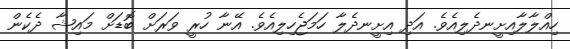
ހިއްލާލާއިށީނދެލިއެވެ. އަދި އިށީނދެލާ ހަމަޖެހިލިއެވެ. އޭނާ ހުރީ ވަރަށް ބޮޑަށް މައިޝާ ދެކެން